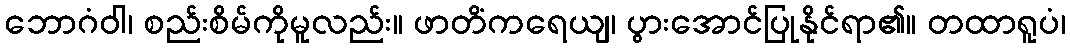
ဘောဂံဝါ၊ စည်းစိမ်ကိုမူလည်း။ ဖာတိံကရေယျ၊ ပွားအောင်ပြုနိုင်ရာ၏။ တထာရူပံ၊